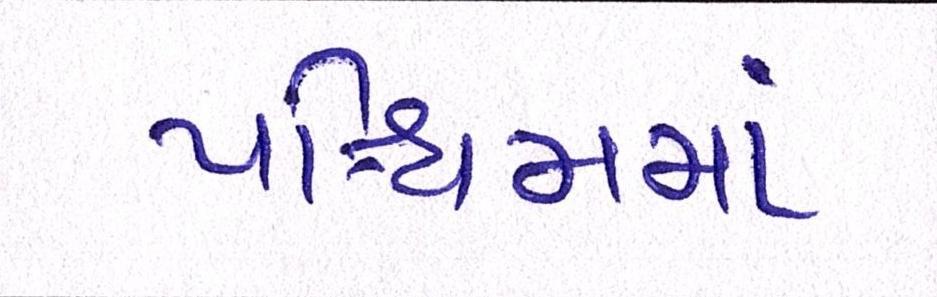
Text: પશ્ચિમમાં